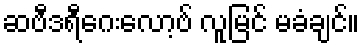
ဆဗီဒရီဂေးလော့ဗ် လူမြင် မခံချင်။